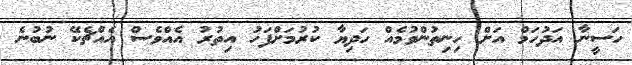
ހަސީނާ އަދުހަމް އަށް ހިނިތުންވުމެއް ހަދިޔާ ކުރުމަށްފަހު އިތުރު އެއްވެސް އެއްޗެކޭ ނުބުނެ